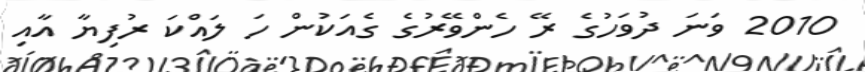
2010 ވަނަ ދުވަހުގެ ރޭ ހެންވޭރުގެ ގެއަކުން ހަ ލައްކަ ރުފިޔާ އާއި